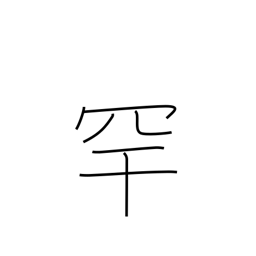
Meaning: bird-catching net